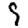
Digit: 9